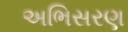
અભિસરણ